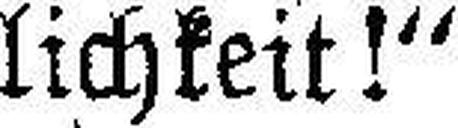
lichkeit!“